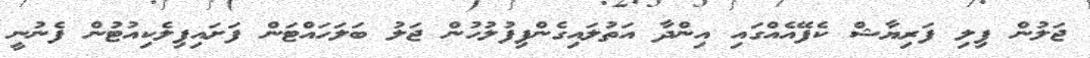
ޖަލުން ފިލި ފަރިޔާޝް ކެފޭއެއްގައި އިންދާ އަތުލައިގެންފިފުލުހުން ޖަލު ބަލަހައްޓަން ފަށައިފިލެކިއުޓުން ފެނުނީ